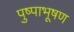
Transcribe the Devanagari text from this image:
पुष्पाभूषण